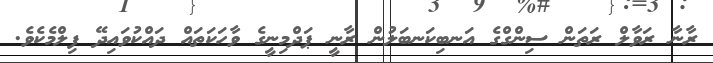
ރާނާ ރަވާލް ރަތަން ސިންގްގެ އަނބިކަނބަލުން ރާނީ ޕަދްމިނީގެ ވާހަކަތައް ދައްކުވައިދޭ ފިލްމެކެވެ.